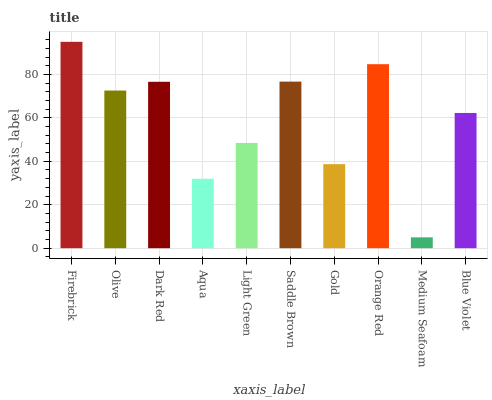
| xaxis_label | bars |
 | --- | --- |
 | Firebrick | 95 |
 | Olive | 72.6 |
 | Dark Red | 76.6 |
 | Aqua | 31.9 |
 | Light Green | 48.5 |
 | Saddle Brown | 76.7 |
 | Gold | 38.7 |
 | Orange Red | 84.7 |
 | Medium Seafoam | 4.99 |
 | Blue Violet | 62.2 |